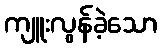
ကျူးလွန်ခဲ့သော